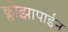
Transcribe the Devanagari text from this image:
क्लोझापाईन